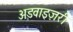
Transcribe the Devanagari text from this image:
अडवाइज़री